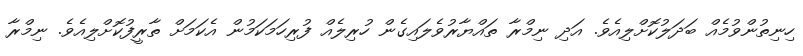
ހިނިތުންވުމެއް ބަދަލުކޮށްލިއެވެ. އަދި ނިމްރާ ތައްޔާރުވެލައިގެން ހުރިލެއް ފުރިހަމަކަމުން އެކަމަށް ތާރީފުކޮށްލިއެވެ. ނިމްރާ